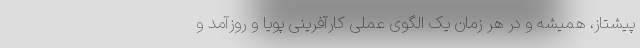
پیشتاز، همیشه و در هر زمان یک الگوی عملی کارآفرینی پویا و روزآمد و